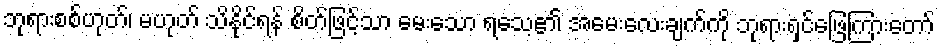
ဘုရားစစ်ဟုတ်၊ မဟုတ် သိနိုင်ရန် စိတ်ဖြင့်သာ မေးသော ရသေ့၏ အမေးလေးချက်ကို ဘုရားရှင်ဖြေကြားတော်